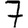
Digit: 7